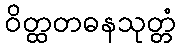
ဝိတ္ထတဓနသုတ္တံ